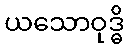
ယသောဝုဒ္ဓိ